Leaving Certificate Examination. English paper, 1924
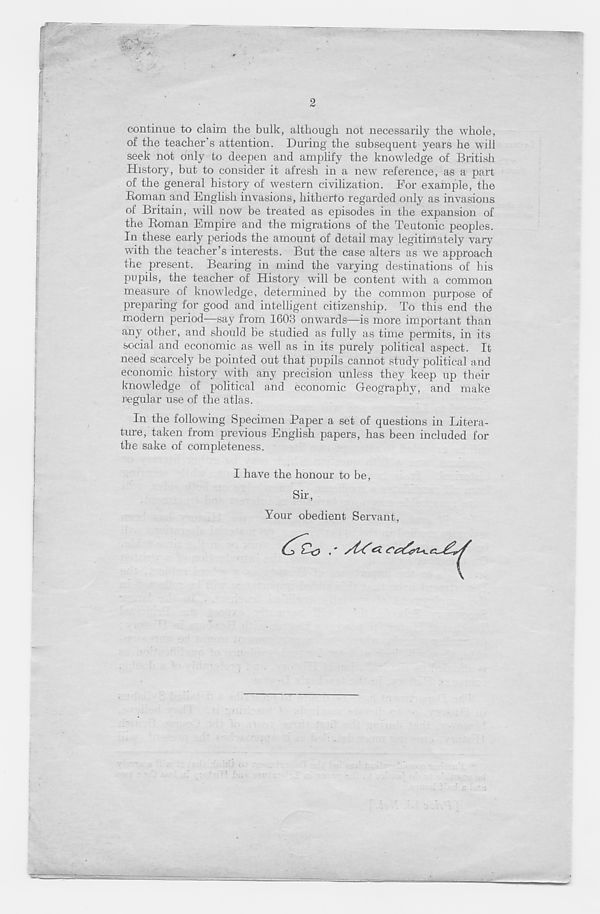
2
continue to claim the bulk, although not necessarily the whole,
of the teacher's attention. During the subsequent years he will
seek not only to deepen and amplify the knowledge of British
History, but to consider it afresh in a new reference, as a part
of the general history of western civilization. For example, the
Homan and English invasions, hitherto regarded only as invasions
of Britain, will now be treated as episodes in the expansion of
the Boman Empire and the migrations of the Teutonic peoples.
In these early periods the amount of detail may legitimately vary
with the teacher’s interests. But the case alters as we approach
the present. Bearing in mind the varying destinations of his
pupils, the teacher of History will be content with a common
measure of knowledge, determined by the common purpose of
preparing for good and intelligent citizenship. To this end the
modern period—say from 1603 onwards—is more important than
any other, and should he studied as fully as time permits, in its
social and economic as well as in its purely political aspect. It
need scarcely be pointed out that pupils cannot study political and
economic history with any precision unless they keep up their
knowledge of political and economic Geography, and make
regular use of the atlas.
In the following Specimen Paper a set of questions in Litera-
ture, taken from previous English papers, has been included for
the sake of completeness.
I have the honour to be,
Sir,
Your obedient Servant,